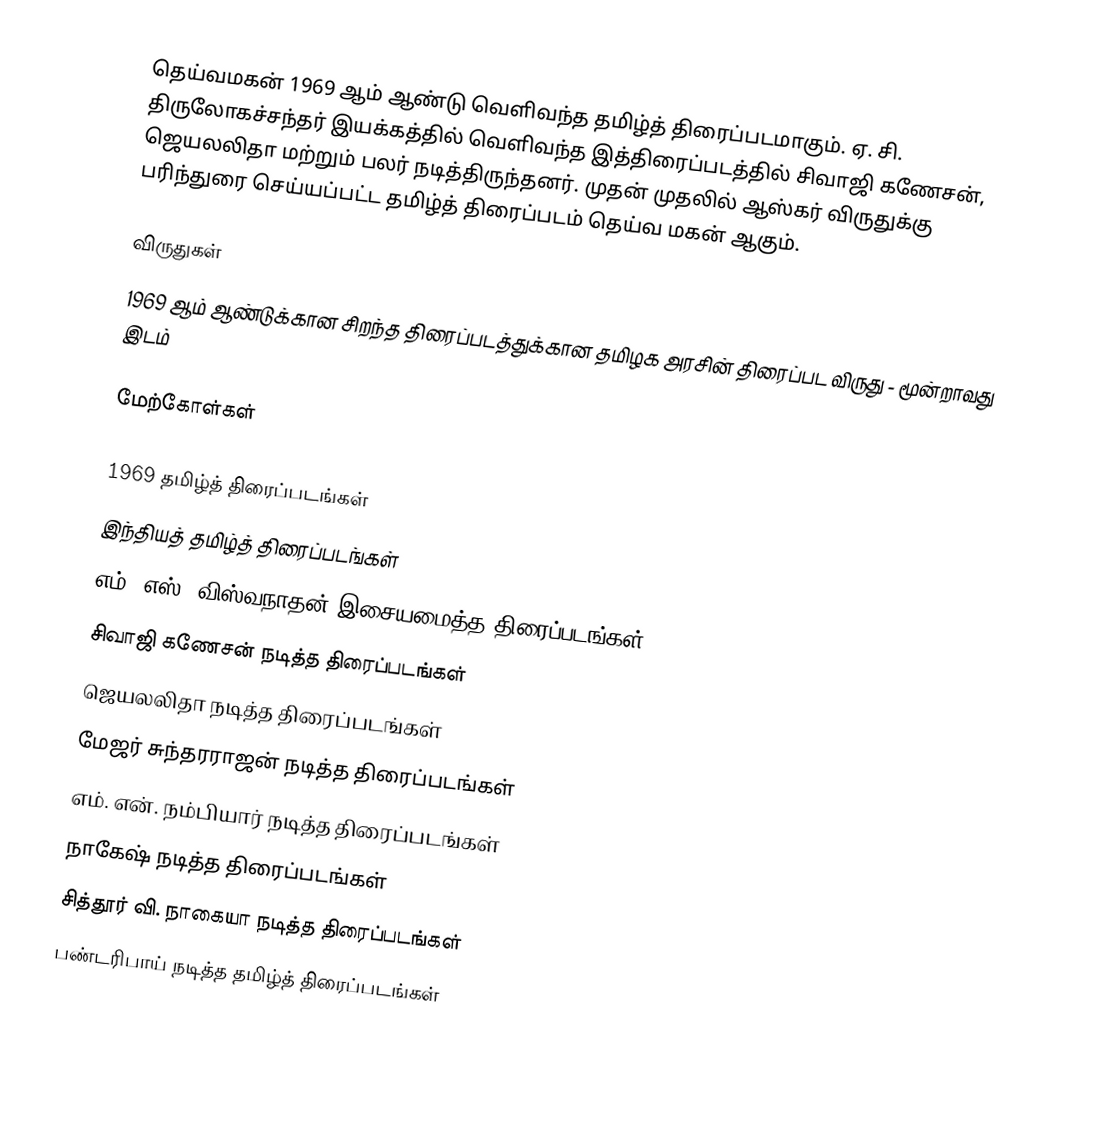
தெய்வமகன் 1969 ஆம் ஆண்டு வெளிவந்த தமிழ்த் திரைப்படமாகும். ஏ. சி. திருலோகச்சந்தர் இயக்கத்தில் வெளிவந்த இத்திரைப்படத்தில் சிவாஜி கணேசன், ஜெயலலிதா மற்றும் பலர் நடித்திருந்தனர். முதன் முதலில் ஆஸ்கர் விருதுக்கு பரிந்துரை செய்யப்பட்ட தமிழ்த் திரைப்படம் தெய்வ மகன் ஆகும்.

விருதுகள்
 1969 ஆம் ஆண்டுக்கான சிறந்த திரைப்படத்துக்கான தமிழக அரசின் திரைப்பட விருது  - மூன்றாவது இடம்

மேற்கோள்கள்

1969 தமிழ்த் திரைப்படங்கள்
இந்தியத் தமிழ்த் திரைப்படங்கள்
எம். எஸ். விஸ்வநாதன் இசையமைத்த திரைப்படங்கள்
சிவாஜி கணேசன் நடித்த திரைப்படங்கள்
ஜெயலலிதா நடித்த திரைப்படங்கள்
மேஜர் சுந்தரராஜன் நடித்த திரைப்படங்கள்
எம். என். நம்பியார் நடித்த திரைப்படங்கள்
நாகேஷ் நடித்த திரைப்படங்கள்
சித்தூர் வி. நாகையா நடித்த திரைப்படங்கள்
பண்டரிபாய் நடித்த தமிழ்த் திரைப்படங்கள்